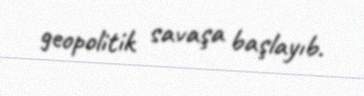
geopolitik savaşa başlayıb.